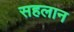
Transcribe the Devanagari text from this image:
सहलान